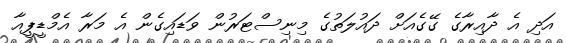
އަދި އެ ދާއިރާގެ ގޭގެއަށް ދައުލަތުގެ މިނިސްޓަރުން ވަޑައިގެން އެ މަރާ އެމްޑީޕީއާ